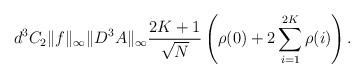
LaTeX: \begin{align*}d^3 C_2\Vert f \Vert_{\infty} \Vert D^3 A \Vert_{\infty}\frac{2K+1}{\sqrt{N}} \left(\rho(0) + 2\sum_{i = 1}^{2K} \rho(i) \right).\end{align*}